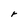
Character: r